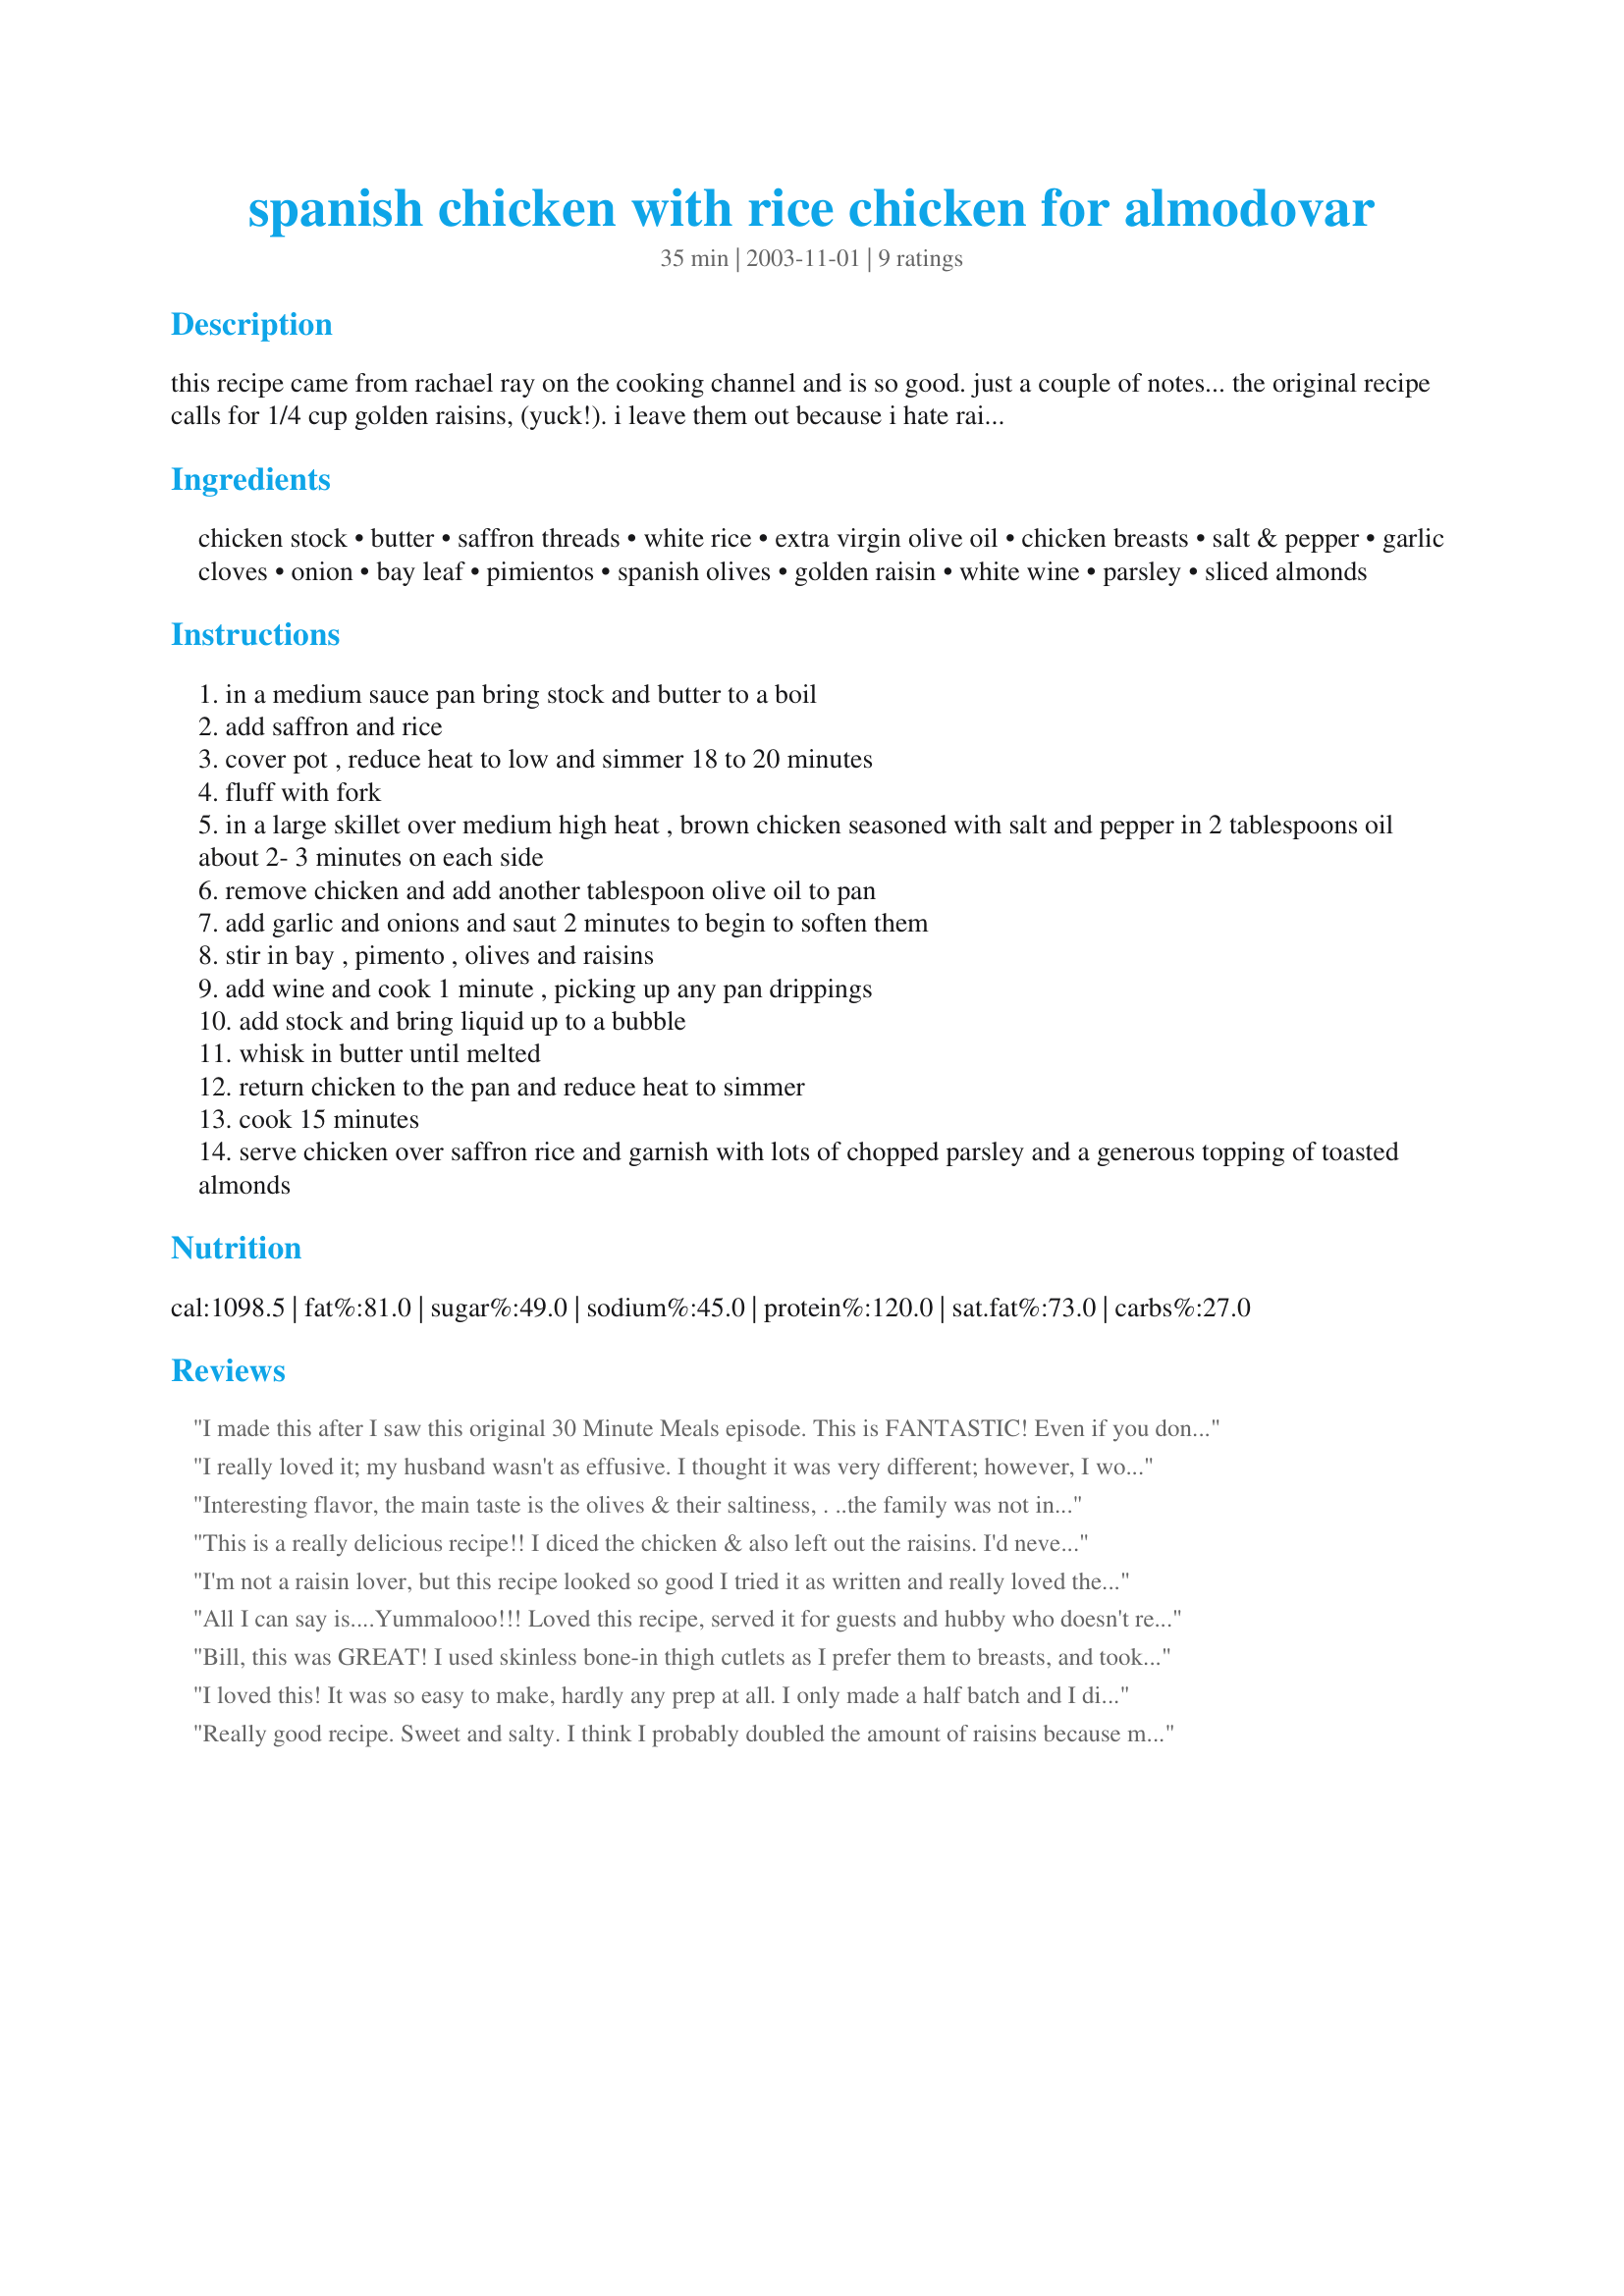
spanish chicken with rice chicken for almodovar
Preparation time: 35 minutes

this recipe came from rachael ray on the cooking channel and is so good. just a couple of notes... the original recipe calls for 1/4 cup golden raisins, (yuck!). i leave them out because i hate raisins.. it also calls for 1 cup each of white wine and chicken stock; this made it way too wet, suggest cutting down to about a half cup of each, or leave out the water or the wine depending on your taste, to make a better gravy consistency. and... the rice is awesome, but simple.

Ingredients:
chicken stock, butter, saffron threads, white rice, extra virgin olive oil, chicken breasts, salt & pepper, garlic cloves, onion, bay leaf, pimientos, spanish olives, golden raisin, white wine, parsley, sliced almonds

Steps:
in a medium sauce pan bring stock and butter to a boil
add saffron and rice
cover pot , reduce heat to low and simmer 18 to 20 minutes
fluff with fork
in a large skillet over medium high heat , brown chicken seasoned with salt and pepper in 2 tablespoons oil about 2- 3 minutes on each side
remove chicken and add another tablespoon olive oil to pan
add garlic and onions and saut 2 minutes to begin to soften them
stir in bay , pimento , olives and raisins
add wine and cook 1 minute , picking up any pan drippings
add stock and bring liquid up to a bubble
whisk in butter until melted
return chicken to the pan and reduce heat to simmer
cook 15 minutes
serve chicken over saffron rice and garnish with lots of chopped parsley and a generous topping of toasted almonds

Reviews:
I made this after I saw this original 30 Minute Meals episode. This is FANTASTIC! Even if you don't like raisins, I say still throw 'em in and eat around them b/c they do add to the overall flavor. This is one of my top 3 Rachael Ray recipes.
I really loved it; my husband wasn't as effusive. I thought it was very different; however, I would hesitate to make it for company if I didn't know their tastes. I could see where some people would not like it at all.
Interesting flavor, the main taste is the olives & their saltiness, . ..the family was not interested in any other part but the chicken. I wouldn't recommend this dish for families with children (mine are 12 & 13yo) with underdeveloped tastes!
Unfortunately the rice turned out a little wet, so 18-20 minutes really wasn't enough to cook it, but regardless had a good flavor. I don't really see myself cooking this dish for the family in the future.
This is a really delicious recipe!! I diced the chicken & also left out the raisins. I'd never cooked a dish with such a large amount of olives, & was a little worried that it might be too salty, but not at all... they cooked down nice & the rice (Mmmm...) was a great balance. Maybe next time I'll use dried cherries in place of the raisins. Thanks for a great recipe!! 
 (I've made this a few times now & can easily say that it's become one of my favorites. Thanks again!!)
I'm not a raisin lover, but this recipe looked so good I tried it as written and really loved the taste! Kudos to Rachel for this winner of a recipe and thanks for posting Bill!
All I can say is....Yummalooo!!! Loved this recipe, served it for guests and hubby who doesn't really care for olives but plates were totally cleared! Thanks for sharing! This will be one to go in the keepers.
Bill, this was GREAT! I used skinless bone-in thigh cutlets as I prefer them to breasts, and took note and reduced the liquids to 1 cup in total. I did use the sultanas (golden raisins) and although I'm not too fond of them, they really gave a nice contrast of sweetness to the salty olives in the sauce. As they plumped up, I added another 1/4 cup of water to the sauce. In the ingredients, you mention Spanish onions coarsely chopped-I took this to mean Spanish olives as they are mentioned in the method. I also slipped a teaspoon of Spanish smoked paprika into the recipe, which gave a wonderful, but subtle smokey flavour. This is a truly wonderful recipe.
I loved this! It was so easy to make, hardly any prep at all. I only made a half batch and I did use the rasins. They were a really tasty contrast to the olives. I've made other chicken with spanish olives recipes before and they were too salty and overpowering. This was perfect. I wouldn't change anything!
Really good recipe. Sweet and salty. I think I probably doubled the amount of raisins because my husband loves them so much.
